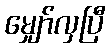
မျှော်လှပြီ